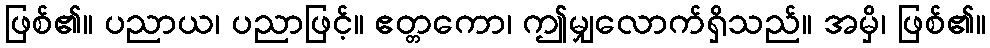
ဖြစ်၏။ ပညာယ၊ ပညာဖြင့်။ ဧတ္တကော၊ ဤမျှလောက်ရှိသည်။ အမှိ၊ ဖြစ်၏။